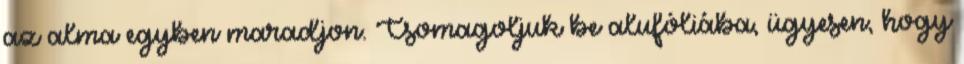
az alma egyben maradjon. Csomagoljuk be alufóliába, ügyesen, hogy